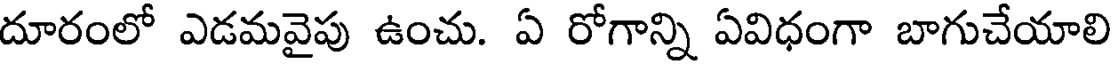
దూరంలో ఎడమవైపు ఉంచు. ఏ రోగాన్ని ఏవిధంగా బాగుచేయాలి